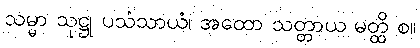
သမ္မာ သုဋ္ဌု ပသံသာယံ၊ အထော သတ္တာယ မတ္ထိ စ။